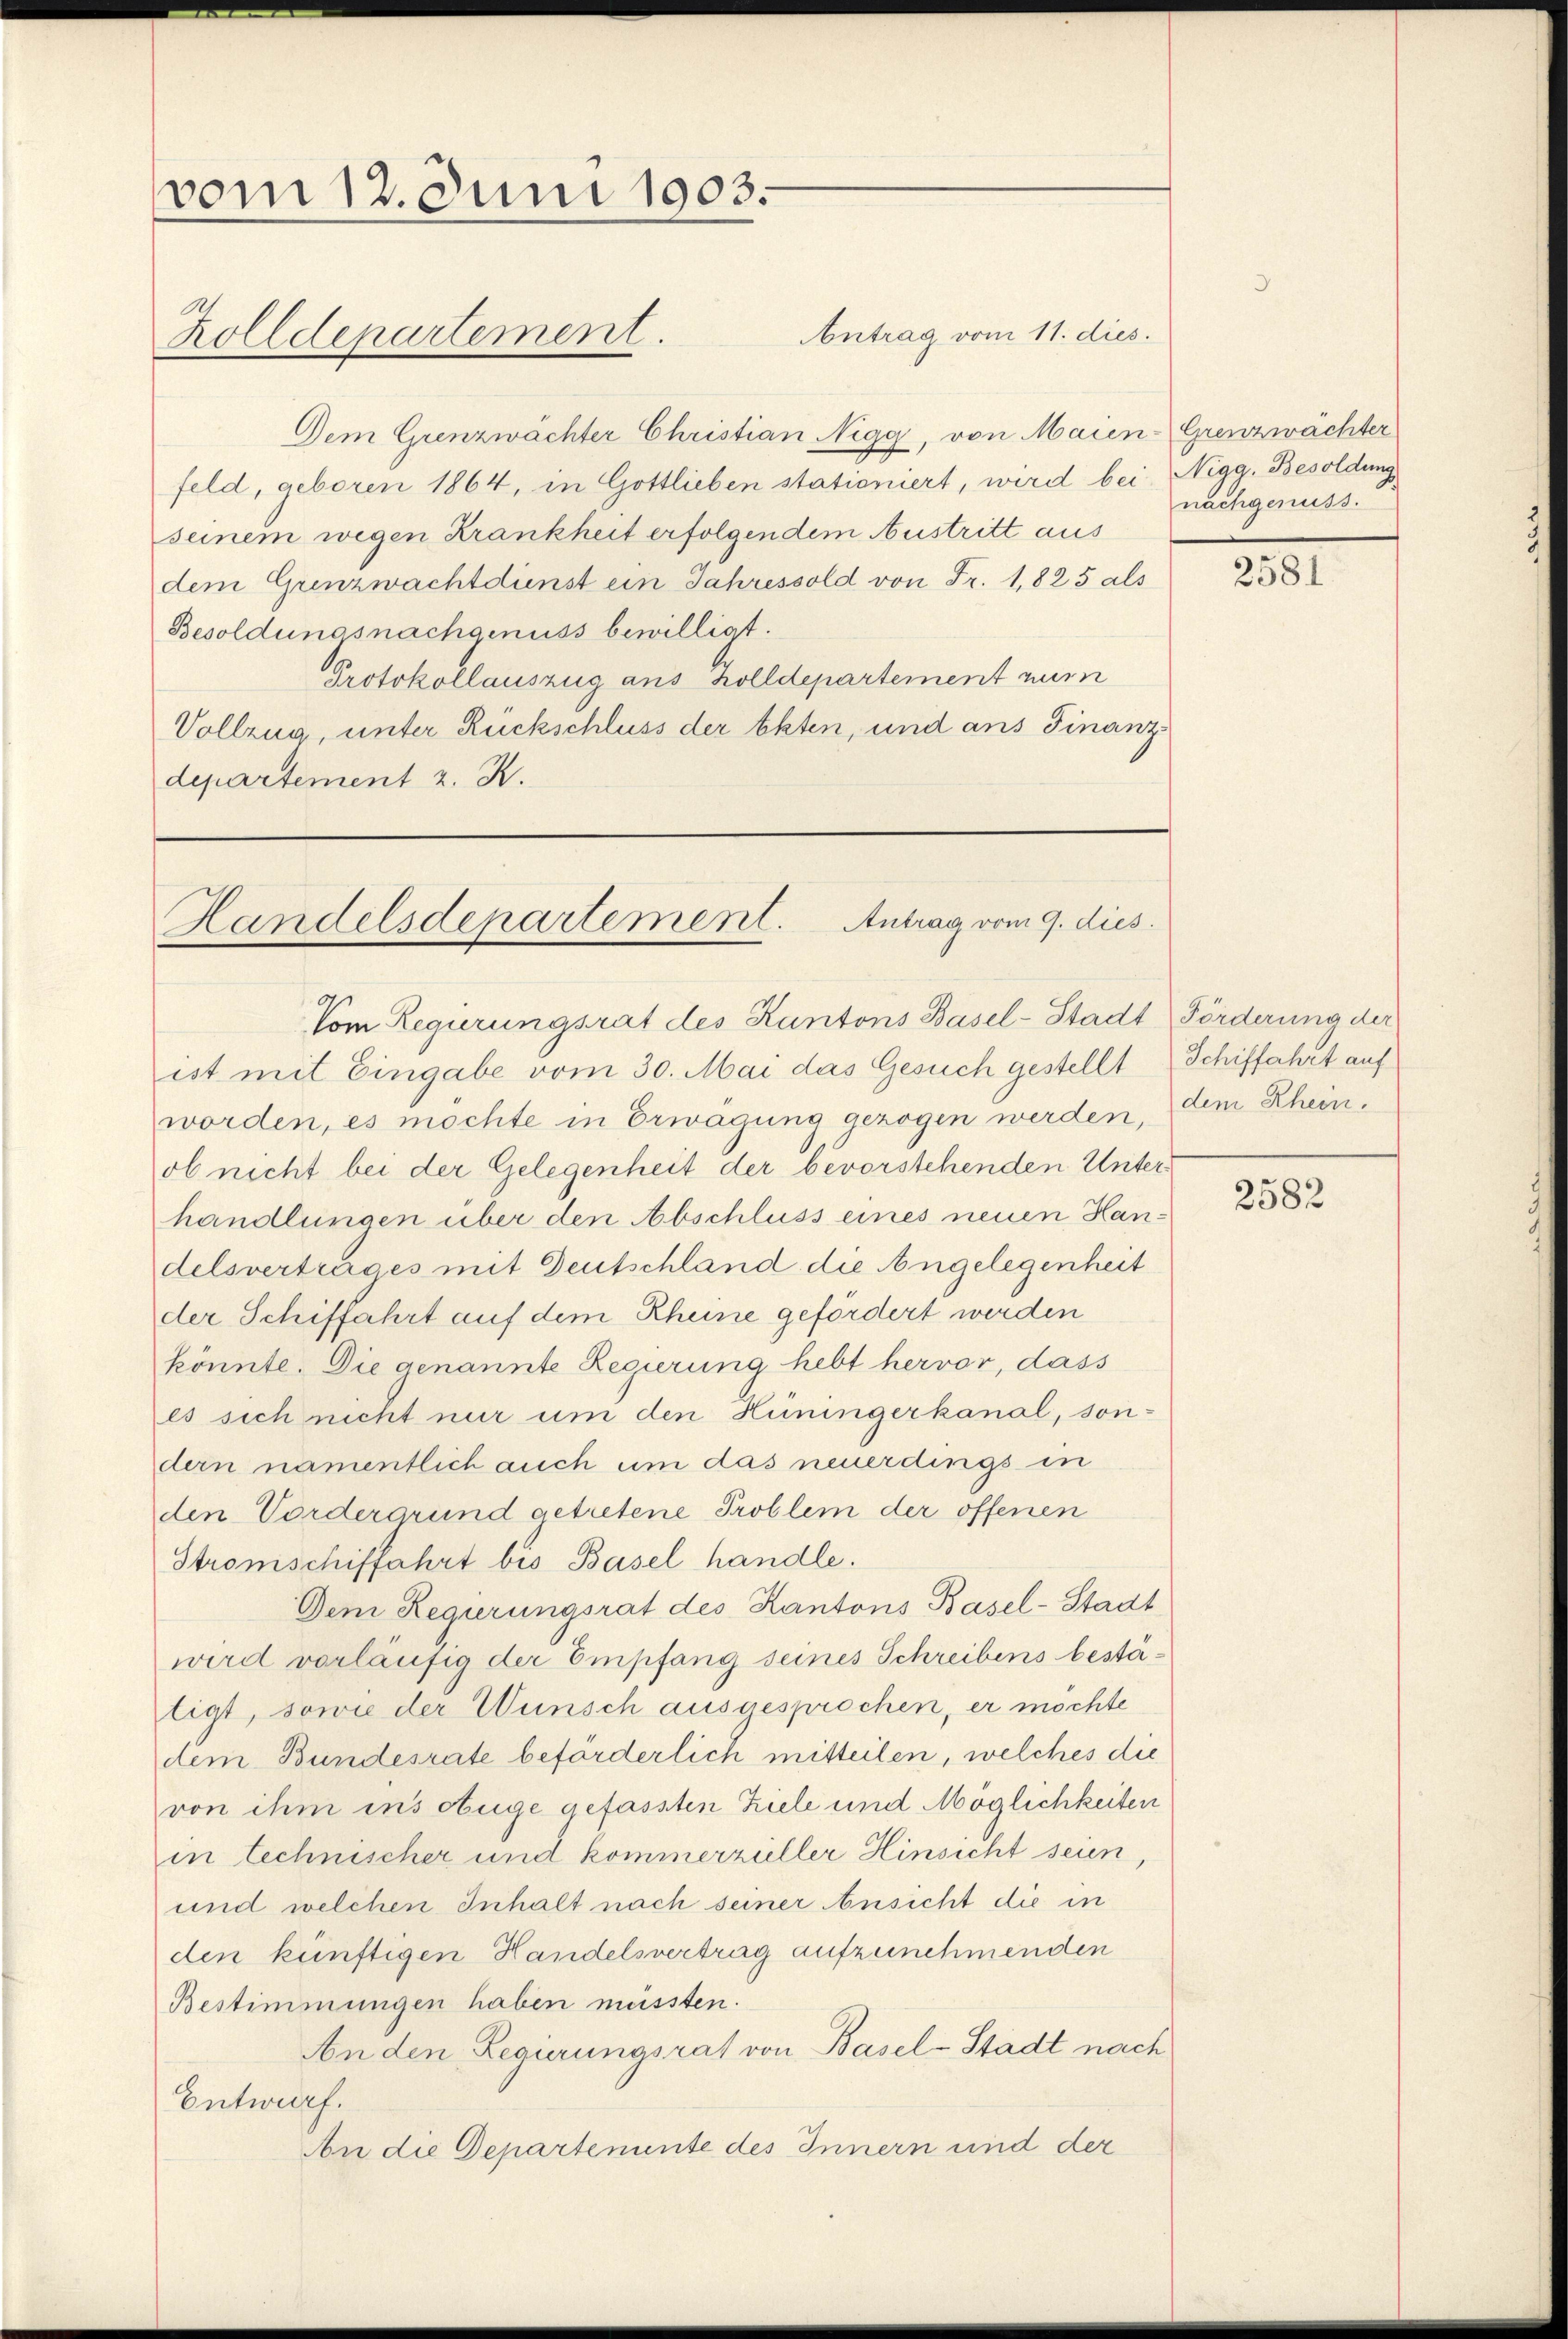
vom 12. Juni 1903.
Antrag vom 11. dies
Zolldepartement.

Dem Grenzwächter Christian Nigg, von Maien-Grenzwächter
feld, geboren 1864, in Gottlieben stationiert, wird bei Nigg. Besoldung
seinem wegen Krankheit erfolgendem Austritt aus
dem Grenzwachtdienst ein Jahressold von Fr. 1,825 als
Besoldungsnachgenuss bewilligt.
Protokollauszug aus Zolldepartement num
Vollzug, unter Rückschluss der Akten, und ans Finanzdepartement z. R.

ist mit Eingabe vom 30. Mai das Gesuch gestellt Schiffahrt auf
worden, es möchte in Erwägung gezogen werden, dem Rheinob nicht bei der Gelegenheit der bevorstehenden Unterhandlungen über den Abschluss eines neuen Handelsvertrages mit Deutschland die Angelegenheit
der Schiffahrt auf dem Rheine gefördert werden
könnte. Die genannte Regierung hebt hervor, dass
es sich nicht nur um den Hüningerkanal, son-
dern namentlich auch um das neuerdings in
den Vordergrund getretene Problem der offenen
Stromschiffahrt bis Basel handle.
Dem Regierungsrat des Kantons Basel-Stadt
wird vorläufig der Empfang seines Schreibens bestäligt, sowie der Wunsch ausgesprochen, er möchte
dem Bundesrate beförderlich mitteilen, welches die
von ihm ins Auge gefassten Ziele und Möglichkeiten
in technischer und kommerzüller Hinsicht seien
und welchen Inhalt nach seiner Ansicht die in
den künftigen Handelsvertrag aufzunehmenden
Bestimmungen haben müssten.
An den Regierungsrat von Basel-Stadt nach
Entwurf.
An die Departenunte des Innern und der

Handelsdepartement. Antrag vom 9. dies
Vom Regierungsrat des Kantons Basel-Stadt Förderung der

nachgenuss.

2581

2582